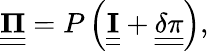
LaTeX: \underline{{\underline{{\mathbf{\Pi}}}}}=P\left(\underline{{\underline{{\mathbf{I}}}}}+\underline{{\underline{{\mathbf{\delta\pi}}}}}\right),